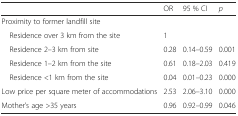
|  | OR | 95 % CI | p |
 | --- | --- | --- | --- |
 | Proximity to former landfill site |  |  |  |
 | Residence over 3 km from the site | 1 |  |  |
 | Residence 2–3 km from site | 0.28 | 0.14–0.59 | 0.001 |
 | Residence 1–2 km from the site | 0.61 | 0.18–2.03 | 0.419 |
 | Residence <1 km from the site | 0.04 | 0.01–0.23 | 0.000 |
 | Low price per square meter of accommodations | 2.53 | 2.06–3.10 | 0.000 |
 | Mother’s age >35 years | 0.96 | 0.92–0.99 | 0.046 |